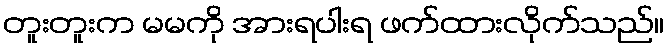
တူးတူးက မမကို အားရပါးရ ဖက်ထားလိုက်သည်။